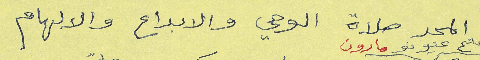
المجد صلاة الوحي والابداع والالهام